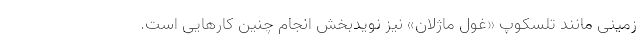
زمینی مانند تلسکوپ «غول ماژلان» نیز نویدبخش انجام چنین کارهایی است.